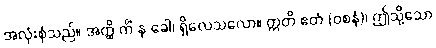
အလုံးစုံသည်။ အတ္ထိ ကိံ နု ခေါ၊ ရှိလေသလော။ ဣတိ ဧတံ (ဝစနံ)၊ ဤသို့သော